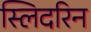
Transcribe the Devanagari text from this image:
स्लिदरिन